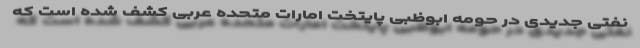
نفتی جدیدی در حومه ابوظبی پایتخت امارات متحده عربی کشف شده است که